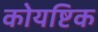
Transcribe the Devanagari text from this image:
कोयष्टिक